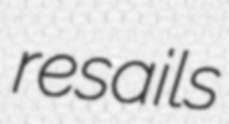
resails